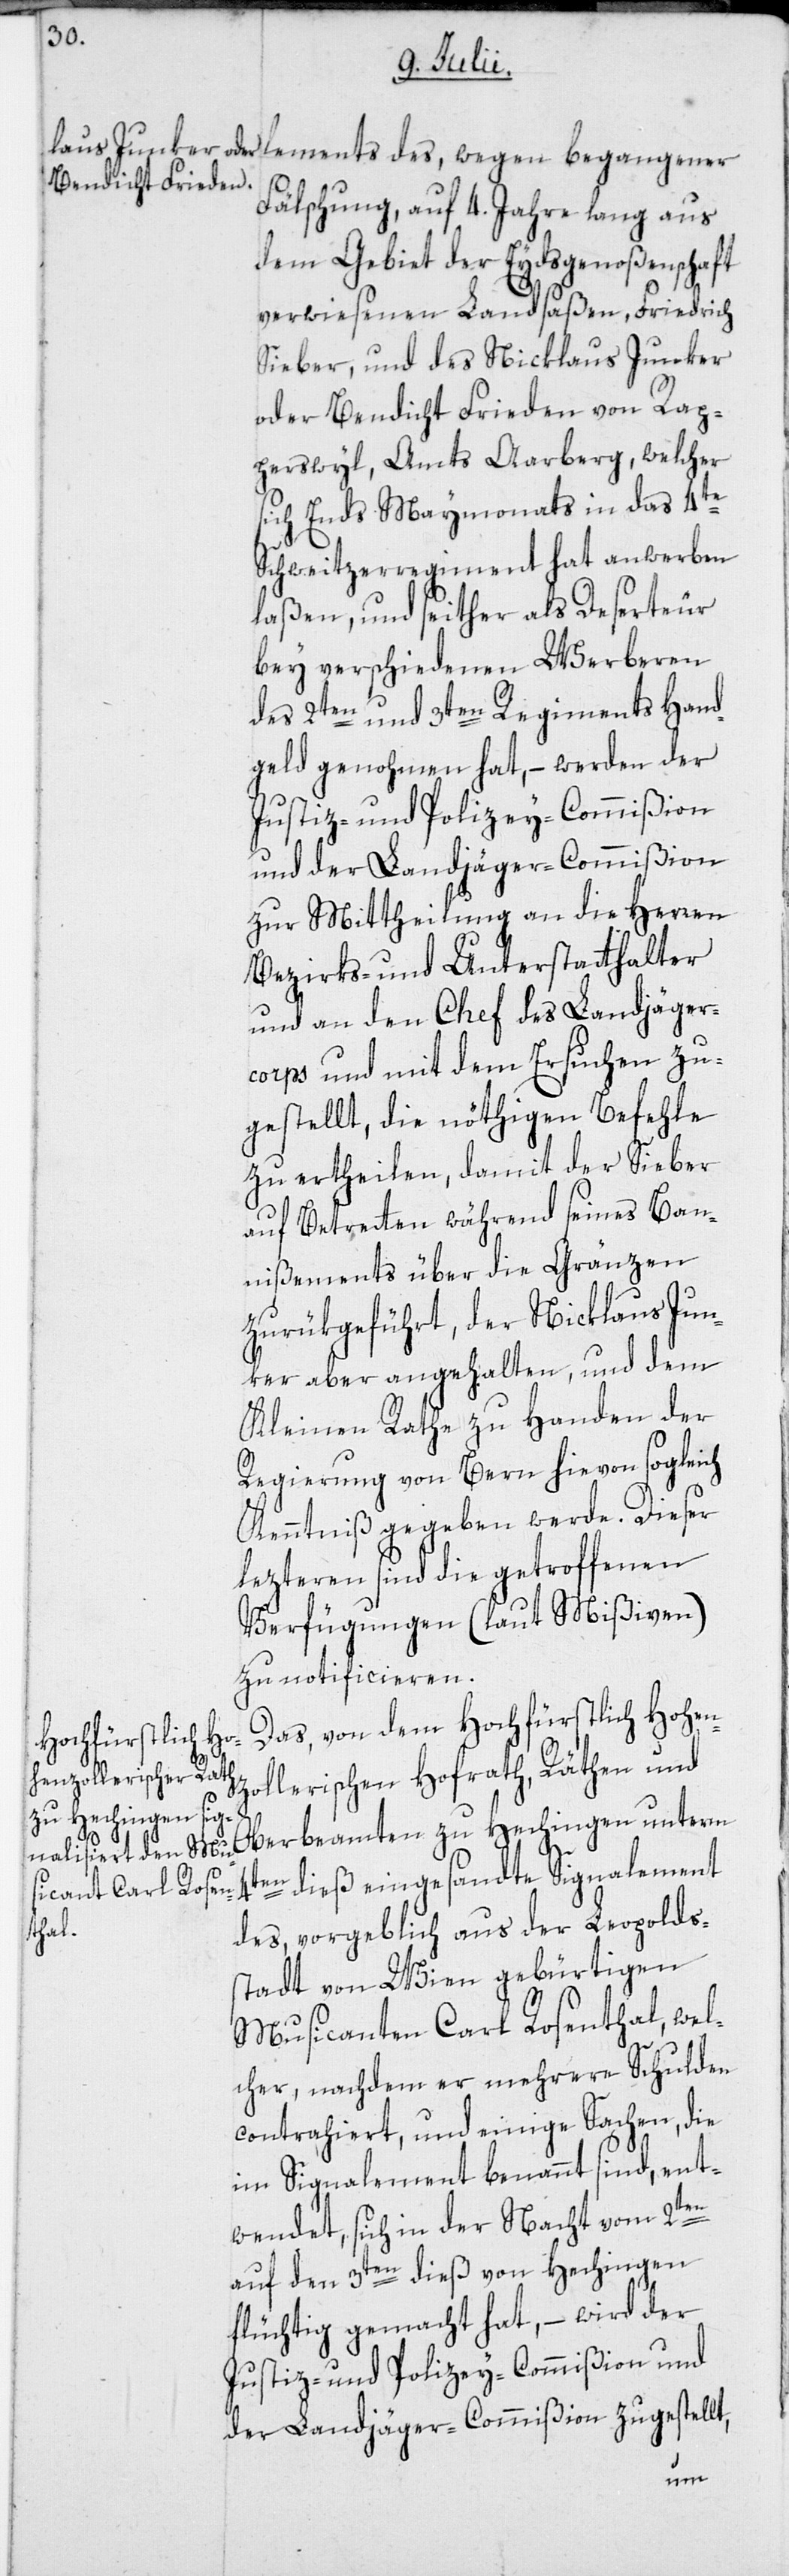
zo¬

lements des, wegen begangener
Fälschung, auf 4. Jahre lang aus
dem Gebiet der Eydsgenoßenschaft
verwiesenen Landsaßen Friedrich
Sieber, und des Nicklaus Junker
oder Bendicht Frieden von Rap¬
perswyl, Amts Aarberg, welcher
sich Ends Maymonats in das 4te
Schweitzerregiment hat anwerben
laßen, und seither als Deserteur
bey verschiedenen Werberen
des 2ten und 3ten Regiments Hand¬
geld genohmen hat, – werden der
Justiz- und Polizey-Commißion
und der Landjäger-Commißion
zur Mittheilung an die Herren
Bezirks- und Unterstatthalter
und an den Chef des Landjäger¬
corps und mit dem Ersuchen zu¬
gestellt, die nöthigen Befehle
zu ertheilen, damit der Sieber
auf Betretten während seines Ban¬
nißements über die Gränzen
zurükgeführt, der Nicklaus Jun¬
ker aber angehalten, und dem
Kleinen Rathe zu Handen der
Regierung von Bern hievon sogleich
Kenntniß gegeben werde. Dieser
lezteren sind die getroffenen
Verfügungen (laut Mißiven)
zu notificieren.
Das, von dem Hochfürstlich Hohen¬
llerischen Hofrath, Räthen und
Oberbeamten zu Hechingen unterm
4ten dieß eingesandte Signalement
des, vorgeblich aus der Leopolds¬
stadt von Wien gebürtigen
Musicanten Carl Rosenthal, wel¬
cher, nachdem er mehrere Schulden
contrahiert, und einige Sachen, die
im Signalement benannt sind, ent¬
wendet, sich in der Nacht vom 2ten
auf den 3ten dieß von Hechingen
flüchtig gemacht hat, – wird der
Justiz- und Polizey-Commißion und
der Landjäger-Commißion zugestellt,